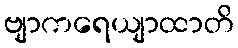
ဗျာကရေယျာထာတိ